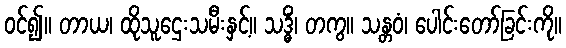
ဝင်၍။ တာယ၊ ထိုသူဌေးသမီးနှင့်။ သဒ္ဓိံ၊ တကွ။ သန္တဝံ၊ ပေါင်းတော်ခြင်းကို။